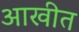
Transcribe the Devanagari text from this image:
आखीत